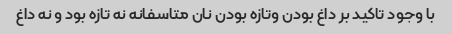
با وجود تاکید بر داغ بودن وتازه بودن نان متاسفانه نه تازه بود و نه داغ